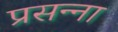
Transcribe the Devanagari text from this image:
प्रसन्‍ना